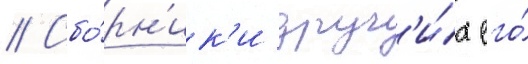
// Сбо́рн'ик'и друг'и́х его́